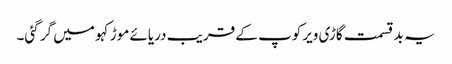
یہ بد قسمت گاڑی ویرکوپ کے قریب دریائے موڑکہو میں گر گئی۔